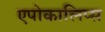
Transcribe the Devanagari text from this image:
एपोकालिप्स